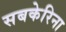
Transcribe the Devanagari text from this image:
सबकेरिना